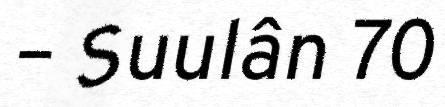
– Suulân 70